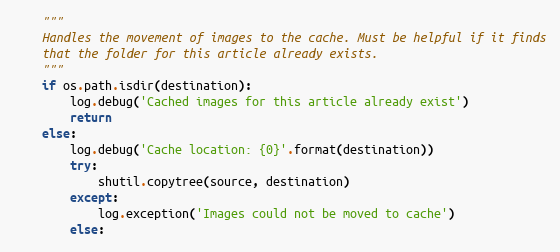
Language: Python
    """
    Handles the movement of images to the cache. Must be helpful if it finds
    that the folder for this article already exists.
    """
    if os.path.isdir(destination):
        log.debug('Cached images for this article already exist')
        return
    else:
        log.debug('Cache location: {0}'.format(destination))
        try:
            shutil.copytree(source, destination)
        except:
            log.exception('Images could not be moved to cache')
        else: